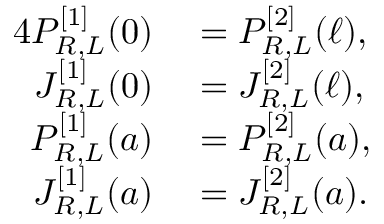
\begin{array} { r l } { { 4 } P _ { R , L } ^ { [ 1 ] } ( 0 ) } & { { } = P _ { R , L } ^ { [ 2 ] } ( \ell ) , } \\ { J _ { R , L } ^ { [ 1 ] } ( 0 ) } & { { } = J _ { R , L } ^ { [ 2 ] } ( \ell ) , } \\ { P _ { R , L } ^ { [ 1 ] } ( a ) } & { { } = P _ { R , L } ^ { [ 2 ] } ( a ) , } \\ { J _ { R , L } ^ { [ 1 ] } ( a ) } & { { } = J _ { R , L } ^ { [ 2 ] } ( a ) . } \end{array}